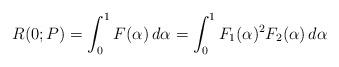
LaTeX: \begin{align*} R(0;P)=\int_{0}^{1} F(\alpha)\,d\alpha=\int_{0}^{1} F_1(\alpha)^2 F_2(\alpha)\,d\alpha\end{align*}